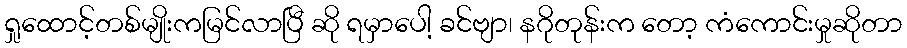
ရှုထောင့်တစ်မျိုးကမြင်လာပြီ ဆို ရမှာပေါ့ ခင်ဗျာ၊ နဂိုတုန်းက တော့ ကံကောင်းမှုဆိုတာ